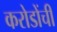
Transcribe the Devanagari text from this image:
करोडोंची